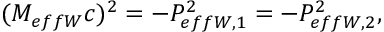
( M _ { e f f W } c ) ^ { 2 } = - P _ { e f f W , 1 } ^ { 2 } = - P _ { e f f W , 2 } ^ { 2 } ,